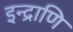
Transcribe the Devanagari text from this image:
इन्द्राणि